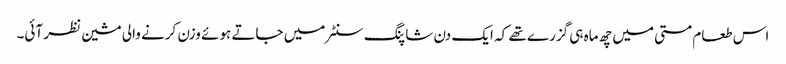
اس طعام مستی میں چھ ماہ ہی گزرے تھے کہ ایک دن شاپنگ سنٹر میں جاتے ہوئے وزن کرنے والی مشین نظر آئی۔